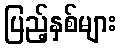
ပြည့်နှစ်များ